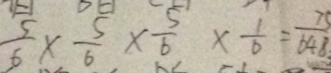
\frac { 5 } { 6 } \times \frac { 5 } { 6 } \times \frac { 5 } { 6 } \times \frac { 1 } { 6 } = \frac { 7 5 } { 6 4 8 }